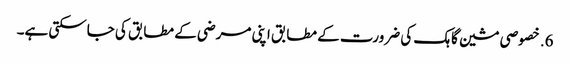
6. خصوصی مشین گاہک کی ضرورت کے مطابق اپنی مرضی کے مطابق کی جاسکتی ہے۔